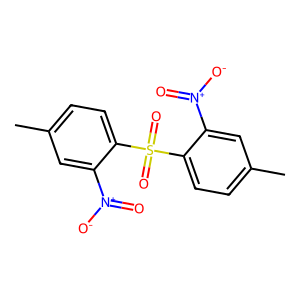
SMILES: Cc1ccc(S(=O)(=O)c2ccc(C)cc2[N+](=O)[O-])c([N+](=O)[O-])c1
Inhibits HIV replication: No